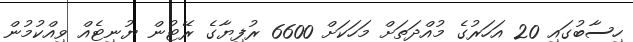
ހިސާބުގައި 20 އަހަރުގެ މުއްދަތަށް މަހަކަށް 6600 ރުފިޔާގެ ރޭޓުން ޔުނިޓެއް ވިއްކުމުން